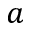
a